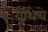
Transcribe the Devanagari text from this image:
गाथेचे